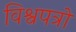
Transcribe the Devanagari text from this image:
विश्वपत्रों